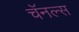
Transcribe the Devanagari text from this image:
चॅनल्स